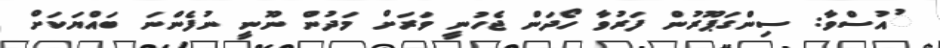
ުއުސްވާ: ސިންގަޕޫރުން ފަރުވާ ހޯދަން ޖެހުނީ ވަރަށް މަދުން ނޫނީ ނުފެންނަ ބައްޔަކަށް